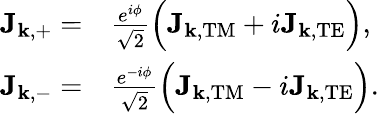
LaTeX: \begin{array}{rl}{\mathbf{J}_{\mathbf{k},+}=}&{\frac{e^{i\phi}}{\sqrt{2}}\Big(\mathbf{J}_{\mathbf{k},\mathrm{TM}}+i\mathbf{J}_{\mathbf{k},\mathrm{TE}}\Big),}\\ {\mathbf{J}_{\mathbf{k},-}=}&{\frac{e^{-i\phi}}{\sqrt{2}}\Big(\mathbf{J}_{\mathbf{k},\mathrm{TM}}-i\mathbf{J}_{\mathbf{k},\mathrm{TE}}\Big).}\end{array}